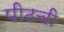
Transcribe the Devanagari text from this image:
पीठची